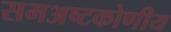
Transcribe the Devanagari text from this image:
समअष्टकोणीय